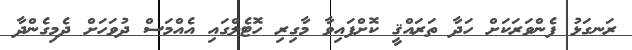
ރަނގަޅު ފެންވަރަކަށް ހަދާ ތަރައްޤީ ކޮށްފައިވާ މާގިރި ހޮޓެލްގައި އެއްމަސް ދުވަހަށް ދެމިގެންދާ